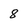
Character: 8